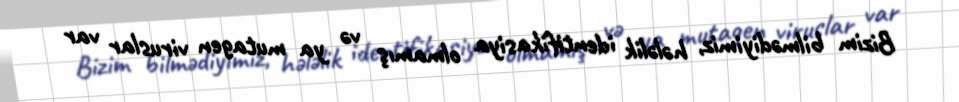
Bizim bilmədiyimiz, hələlik identifikasiya olmamış və ya mutagen viruslar var